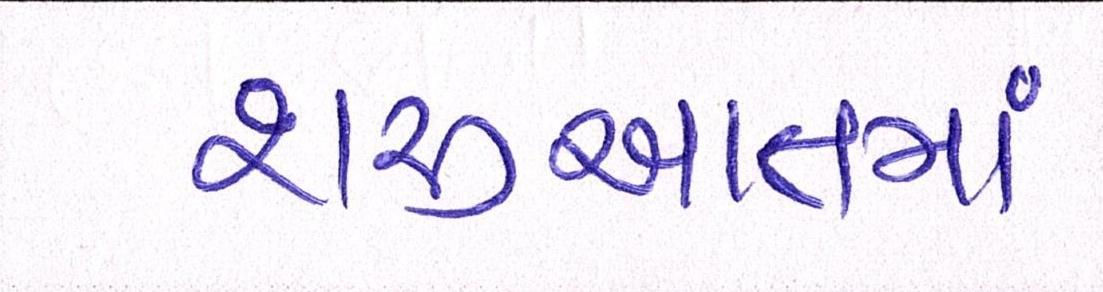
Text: શરૂઆતમાં